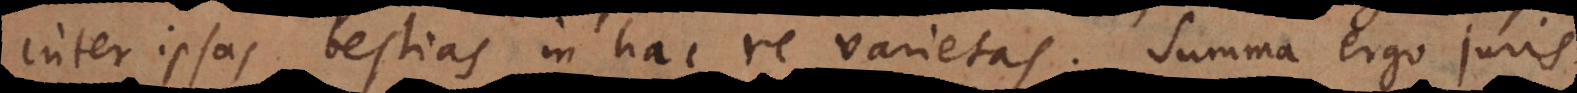
inter ipsas bestias in hac re varietas. Summa ergo juris